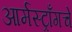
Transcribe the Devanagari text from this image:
आर्मस्ट्राँगचे